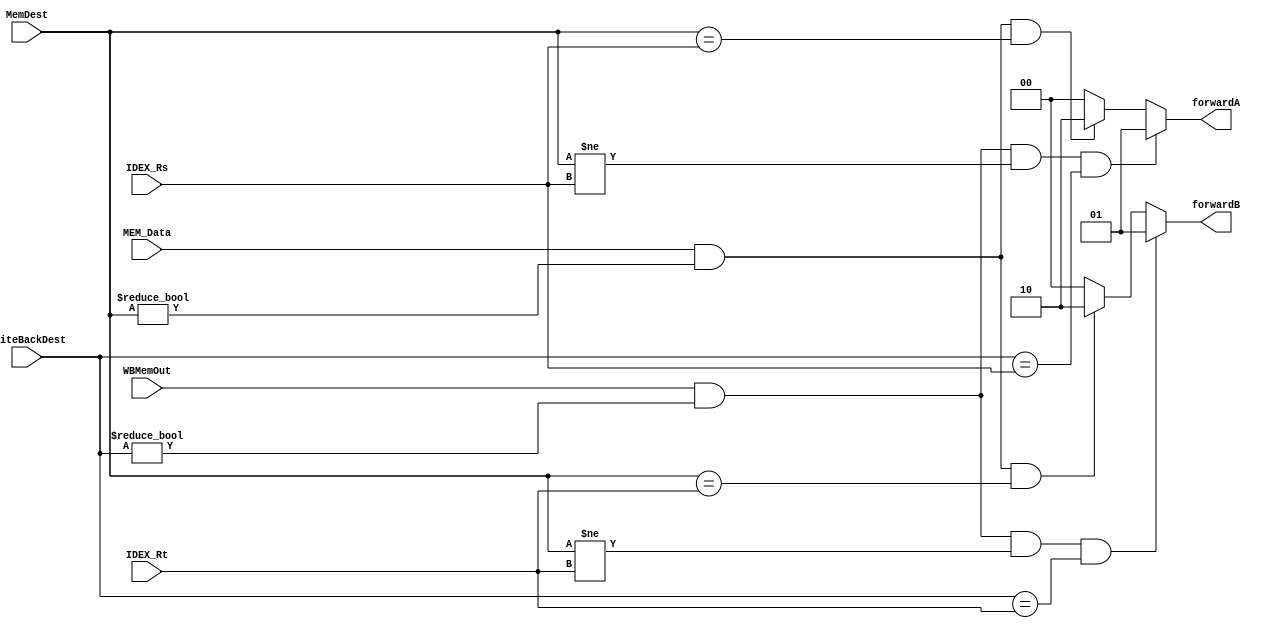
`timescale 1ns / 1ps
//////////////////////////////////////////////////////////////////////////////////
// Company: 
// Engineer: 
// 
// Design Name: 
// Module Name: ForwardingUnit
// Project Name: 
// Target Devices: 
// Tool Versions: 
// Description: 
// 
// Dependencies: 
// 
// Revision:
// Revision 0.01 - File Created
// Additional Comments:
// 
//////////////////////////////////////////////////////////////////////////////////


module ForwardingUnit(
forwardA,
forwardB,
IDEX_Rs,
IDEX_Rt,
MemDest,        //Ex/MemMemRegisterRD
WriteBackDest,  //MEM/WB.Register RD
WBMemOut,       //MEM/WB.RegWrite
MEM_Data        //Ex/MEM.RegWrite
);
    
    
    input [4:0] MemDest, WriteBackDest, IDEX_Rs, IDEX_Rt;
    input  MEM_Data, WBMemOut;
    output reg [1:0] forwardA;
    output reg [1:0] forwardB;
   
   
always @(*)
begin
  forwardA = 2'b00;
  forwardB = 2'b00;
  if (MEM_Data && MemDest != 0 && MemDest == IDEX_Rs) begin
    forwardA = 2'b10;
  end if (MEM_Data && MemDest != 0 && MemDest == IDEX_Rt) begin
    forwardB = 2'b10;
  end if( WBMemOut && WriteBackDest != 0 && MemDest != IDEX_Rs && WriteBackDest == IDEX_Rs) begin
    forwardA = 2'b01;
  end if( WBMemOut && WriteBackDest != 0 && MemDest != IDEX_Rt && WriteBackDest == IDEX_Rt) begin
    forwardB = 2'b01;
  end
end



    
    
endmodule